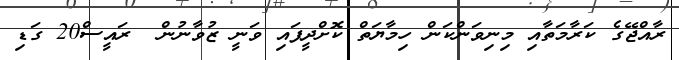
ރާއްޖޭގެ ކަރާމަތާއި މިނިވަންކަން ހިމާޔަތް ކޮށްދީފައި ވަނީ ޒުވާނުން  ރައީސް20 ގަޑި